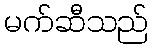
မက်ဆီသည်